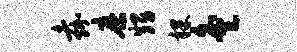
嘉縻甥裸灸